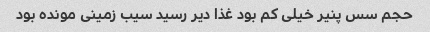
حجم سس پنیر خیلی کم بود غذا دیر رسید سیب زمینی مونده بود